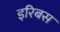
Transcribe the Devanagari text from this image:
इरिबस